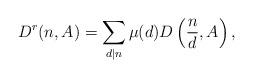
LaTeX: \begin{align*}D^r(n,A)=\sum_{ d\lvert n}\mu(d)D\left(\frac{n}{d},A\right),\end{align*}